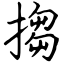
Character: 搊